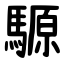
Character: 騵